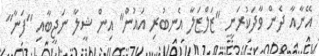
އޭނާއާ ދެން ވާދަކުރަނީ "ޒަލްޒަލާ އެނބުރި އައުން" އިން ޝީލާ ނަޖީބާއި "ފަނާ"